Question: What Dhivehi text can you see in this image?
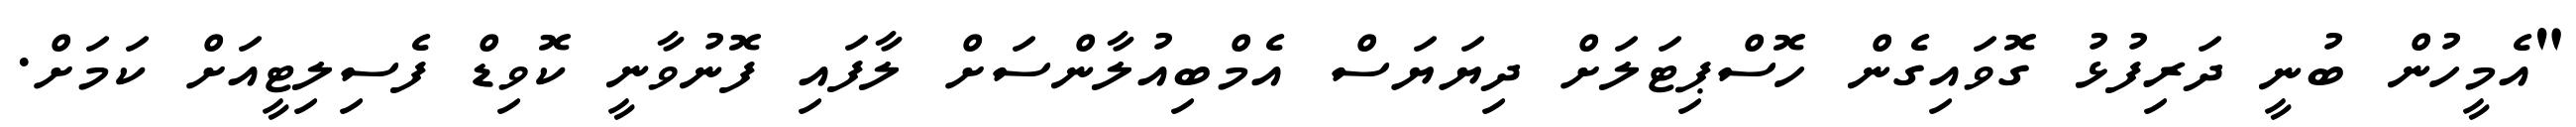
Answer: "އެމީހުން ބުނީ ދަރިފުޅު ގޮވައިގެން ހޮސްޕިޓަލަށް ދިޔަޔަސް އެމްބިއުލާންސަށް ލާފައި ފޮނުވާނީ ކޮވިޑް ފެސިލިޓީއަށް ކަމަށް.